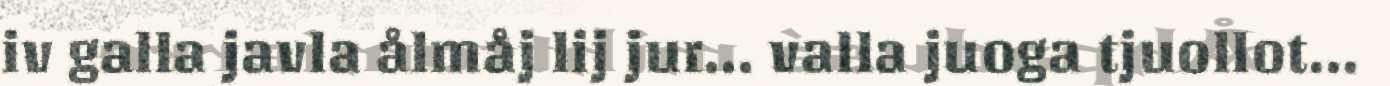
iv galla javla ålmåj lij jur... valla juoga tjuollot...